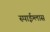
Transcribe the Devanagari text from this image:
स्पाईग्लास